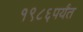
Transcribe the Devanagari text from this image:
१९८६पर्यंत